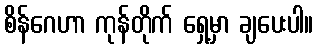
စိန်ဂေဟာ ကုန်တိုက် ရှေ့မှာ ချပေးပါ။